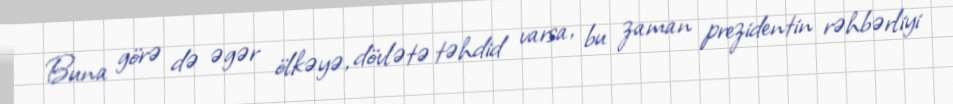
Buna görə də əgər ölkəyə, dövlətə təhdid varsa, bu zaman prezidentin rəhbərliyi